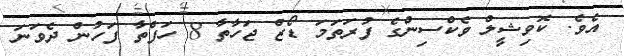
އެވެ. ކޮވިޝީލް ވެކްސިންގެ ފުރަތަމަ ޑޯޒް ޖަހާތާ 8 ހަފްތާ ފަހުން ދެވަނަ